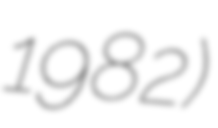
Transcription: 1982)